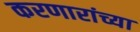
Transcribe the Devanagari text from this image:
करणारांच्या